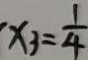
x _ { 3 } = \frac { 1 } { 4 }